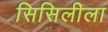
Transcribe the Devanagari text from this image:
सिसिलीला